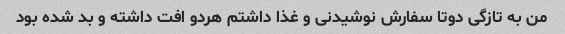
من به تازگی دوتا سفارش نوشیدنی و غذا داشتم هردو افت داشته و بد شده بود